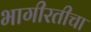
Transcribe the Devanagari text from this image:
भागीरतीचा